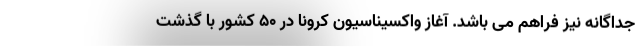
جداگانه نیز فراهم می باشد. آغاز واکسیناسیون کرونا در ۵۰ کشور با گذشت